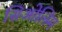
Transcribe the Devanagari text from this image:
सिओलिम